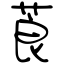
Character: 莨